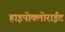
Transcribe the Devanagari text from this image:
हाइपोक्लोराईट